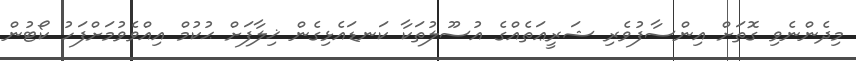
މިދެންނެވި ގޮތަށް އިންސާފުވެރި ޝަރީޢަތެއްގެ އުސޫލުތަކާ ކަނޑައެޅިގެން ޚިލާފަށް ޙުކުމް އިއްވެވުމަށްފަހު ކޯޓުން